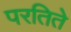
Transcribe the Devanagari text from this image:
परतिते